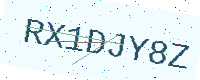
Text: RX1DJY8Z